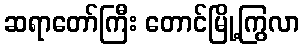
ဆရာတော်ကြီး တောင်မြို့ကြွလာ